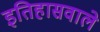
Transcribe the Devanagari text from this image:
इतिहासवाले